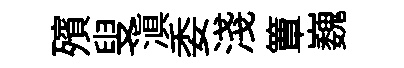
殯叟滇委淺簟巍